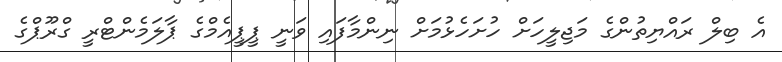
އެ ބިލް ރައްޔިތުންގެ މަޖިލީހަށް ހުށަހެޅުމަށް ނިންމާފައި ވަނީ ޕީޕީއެމްގެ ޕާލަމެންޓްރީ ގްރޫޕްގެ